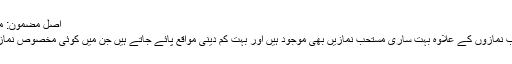
اصل مضمون: مستحب نمازیں
اسلام میں واجب نمازوں کے علاوہ بہت ساری مستحب نمازیں بھی موجود ہیں اور بہت کم دینی مواقع پائے جاتے ہیں جن میں کوئی مخصوص نماز موجود نہ ہو۔